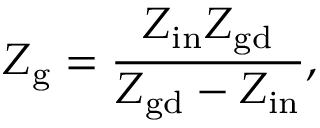
Z _ { \mathrm { g } } = \frac { Z _ { \mathrm { i n } } Z _ { \mathrm { g d } } } { Z _ { \mathrm { g d } } - Z _ { \mathrm { i n } } } ,